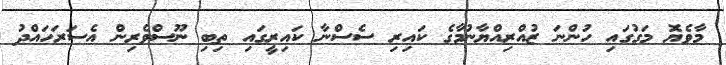
މާވެޔޮ މަގުގައި ހުންނަ ޒުއްރިއްޔާނުމާގެ ކައިރި ސެސްނާ ކައިރީގައި ތިބި ނޫސްވެރިން އެސަރަހައްދު